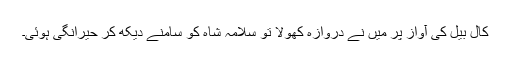
کال بیل کی آواز پر میں نے دروازہ کھولا تو سلامہ شاہ کو سامنے دیکھ کر حیرانگی ہوئی۔